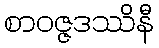
စာဝဇ္ဇဒဿိနီ